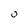
Character: 0